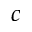
c